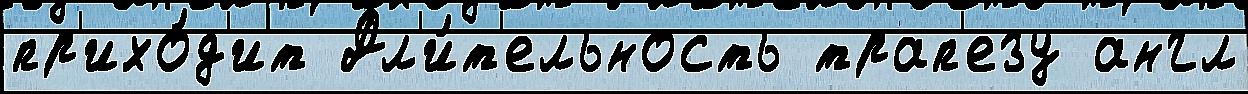
пр'ихо́д'ит Дл'и́т'ельность трап'езу англ